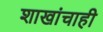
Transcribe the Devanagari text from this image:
शाखांचाही